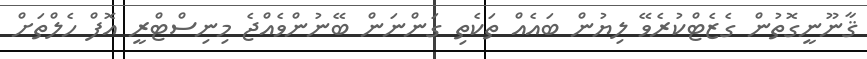
ޤާނޫނީގޮތުން ގެޒެޓްކުރެވޭ ލިޔުން ބައެއް ތަކެތި ގަންނަން ބޭނުންވެއްޖެ މިނިސްޓްރީ އޮފް ހެލްތަށް